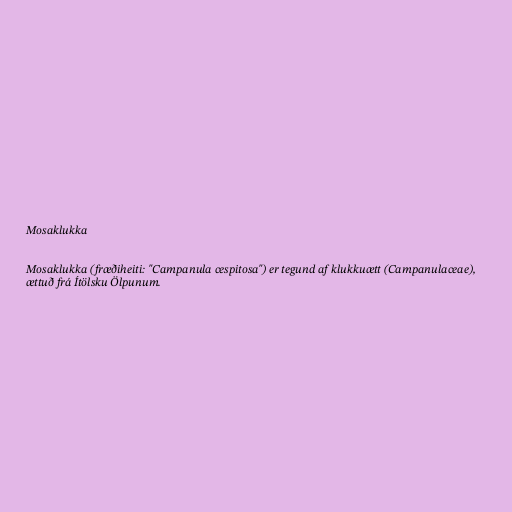
Mosaklukka

Mosaklukka (fræðiheiti: "Campanula cespitosa") er tegund af klukkuætt (Campanulaceae),
ættuð frá Ítölsku Ölpunum.